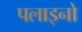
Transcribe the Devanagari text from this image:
पलाइनो